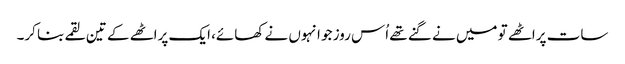
سات پراٹھے تو میں نے گنے تھے اُس روز جو انہوں نے کھائے، ایک پراٹھے کے تین لقمے بنا کر۔